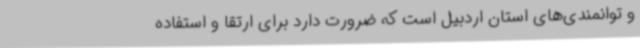
و توانمندی‌های استان اردبیل است که ضرورت دارد برای ارتقا و استفاده